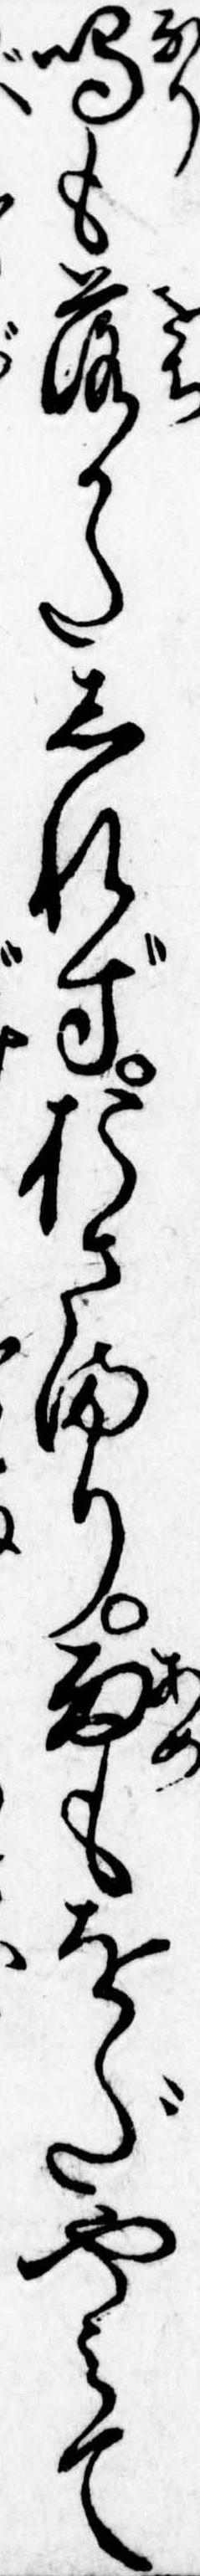
鳴も落かたしれずおさまり雨もをだやみて